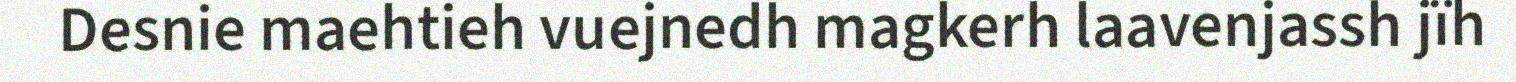
Desnie maehtieh vuejnedh magkerh laavenjassh jïh